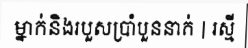
ម្នាក់និងរបួសប្រាំបួននាក់ | រស្មី